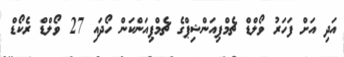
އަދި އަށް ފަހަރު ވޯލްޑް ޗެމްޕިއަންޝިޕްގެ ޗެމްޕިއަންކަން ހޯދައި 27 ވޯލްޑް ރެކޯޑް